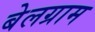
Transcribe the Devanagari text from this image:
बेलग्राम